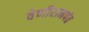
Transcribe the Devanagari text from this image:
वेणीरामपंत